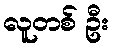
လူတစ် ဦး